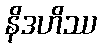
နိဒဟိဿ